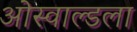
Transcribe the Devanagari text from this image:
ओस्वाल्डला